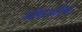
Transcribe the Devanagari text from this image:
डीयरफील्ड